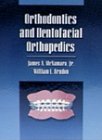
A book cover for Orthodontics and Dentofacial Orthopedics; James A. Jr. McNamara; Medical Books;